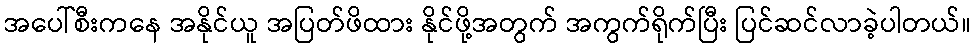
အပေါ်စီးကနေ အနိုင်ယူ အပြတ်ဖိထား နိုင်ဖို့အတွက် အကွက်ရိုက်ပြီး ပြင်ဆင်လာခဲ့ပါတယ်။